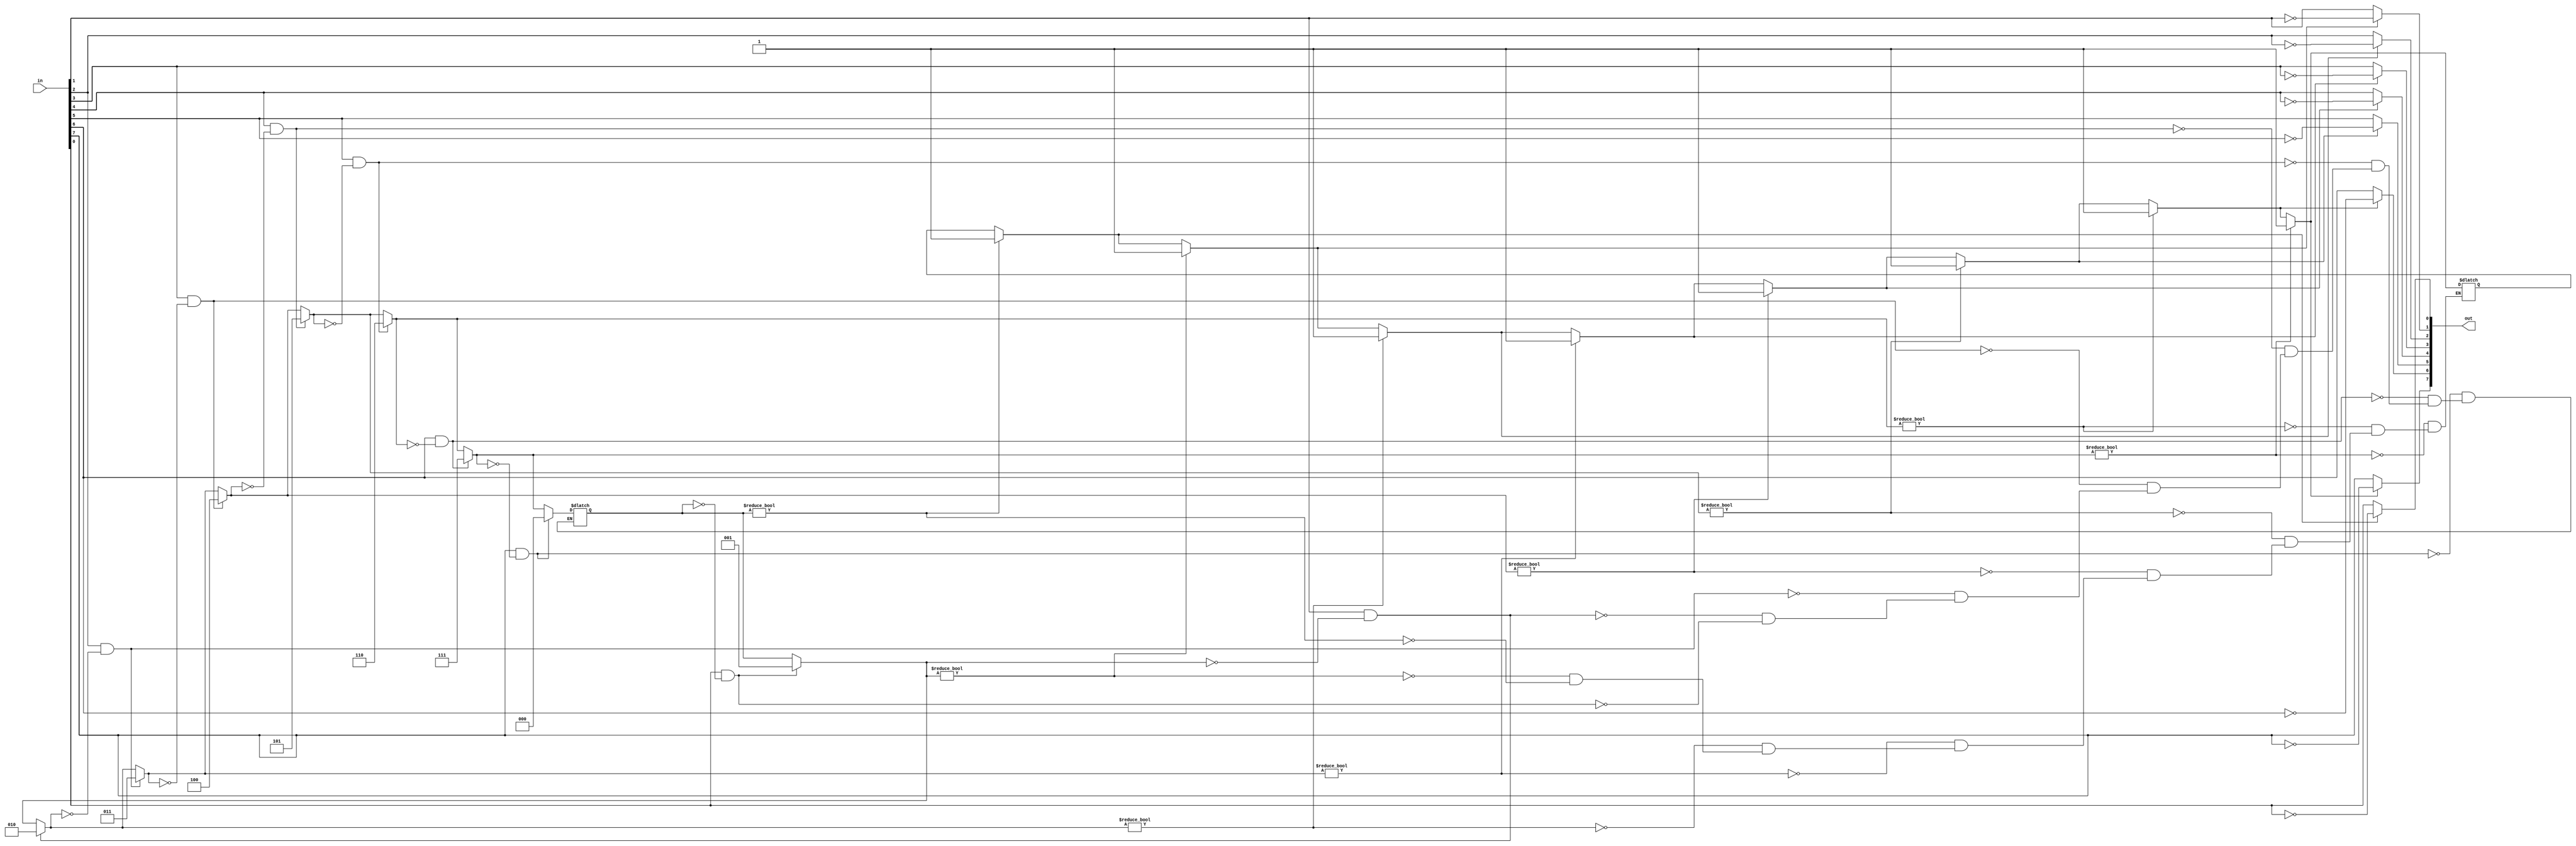
`timescale 1ns / 1ps
//////////////////////////////////////////////////////////////////////////////////
// Company: 
// Engineer: 
// 
// Design Name: 
// Module Name: complement_2s
// Project Name: 
// Target Devices: 
// Tool Versions: 
// Description: 
// 
// Dependencies: 
// 
// Revision:
// Revision 0.01 - File Created
// Additional Comments:
// 
//////////////////////////////////////////////////////////////////////////////////


module complement_2s(in,out);
input [7:0]in;
output reg [7:0]out;
reg [2:0]pos=0;
reg condition=0;
integer i,j;
//genvar i,j;
//generate

always@(in)
begin
for(i=0;i<8;i=i+1)
begin
if(pos!=0)
condition=1;
if(in[i]==1 && pos==0)
begin
pos=i+1;
end
if(condition!=0)
out[i]=~in[i];
else
out[i]=in[i];
end
end
//endgenerate

endmodule